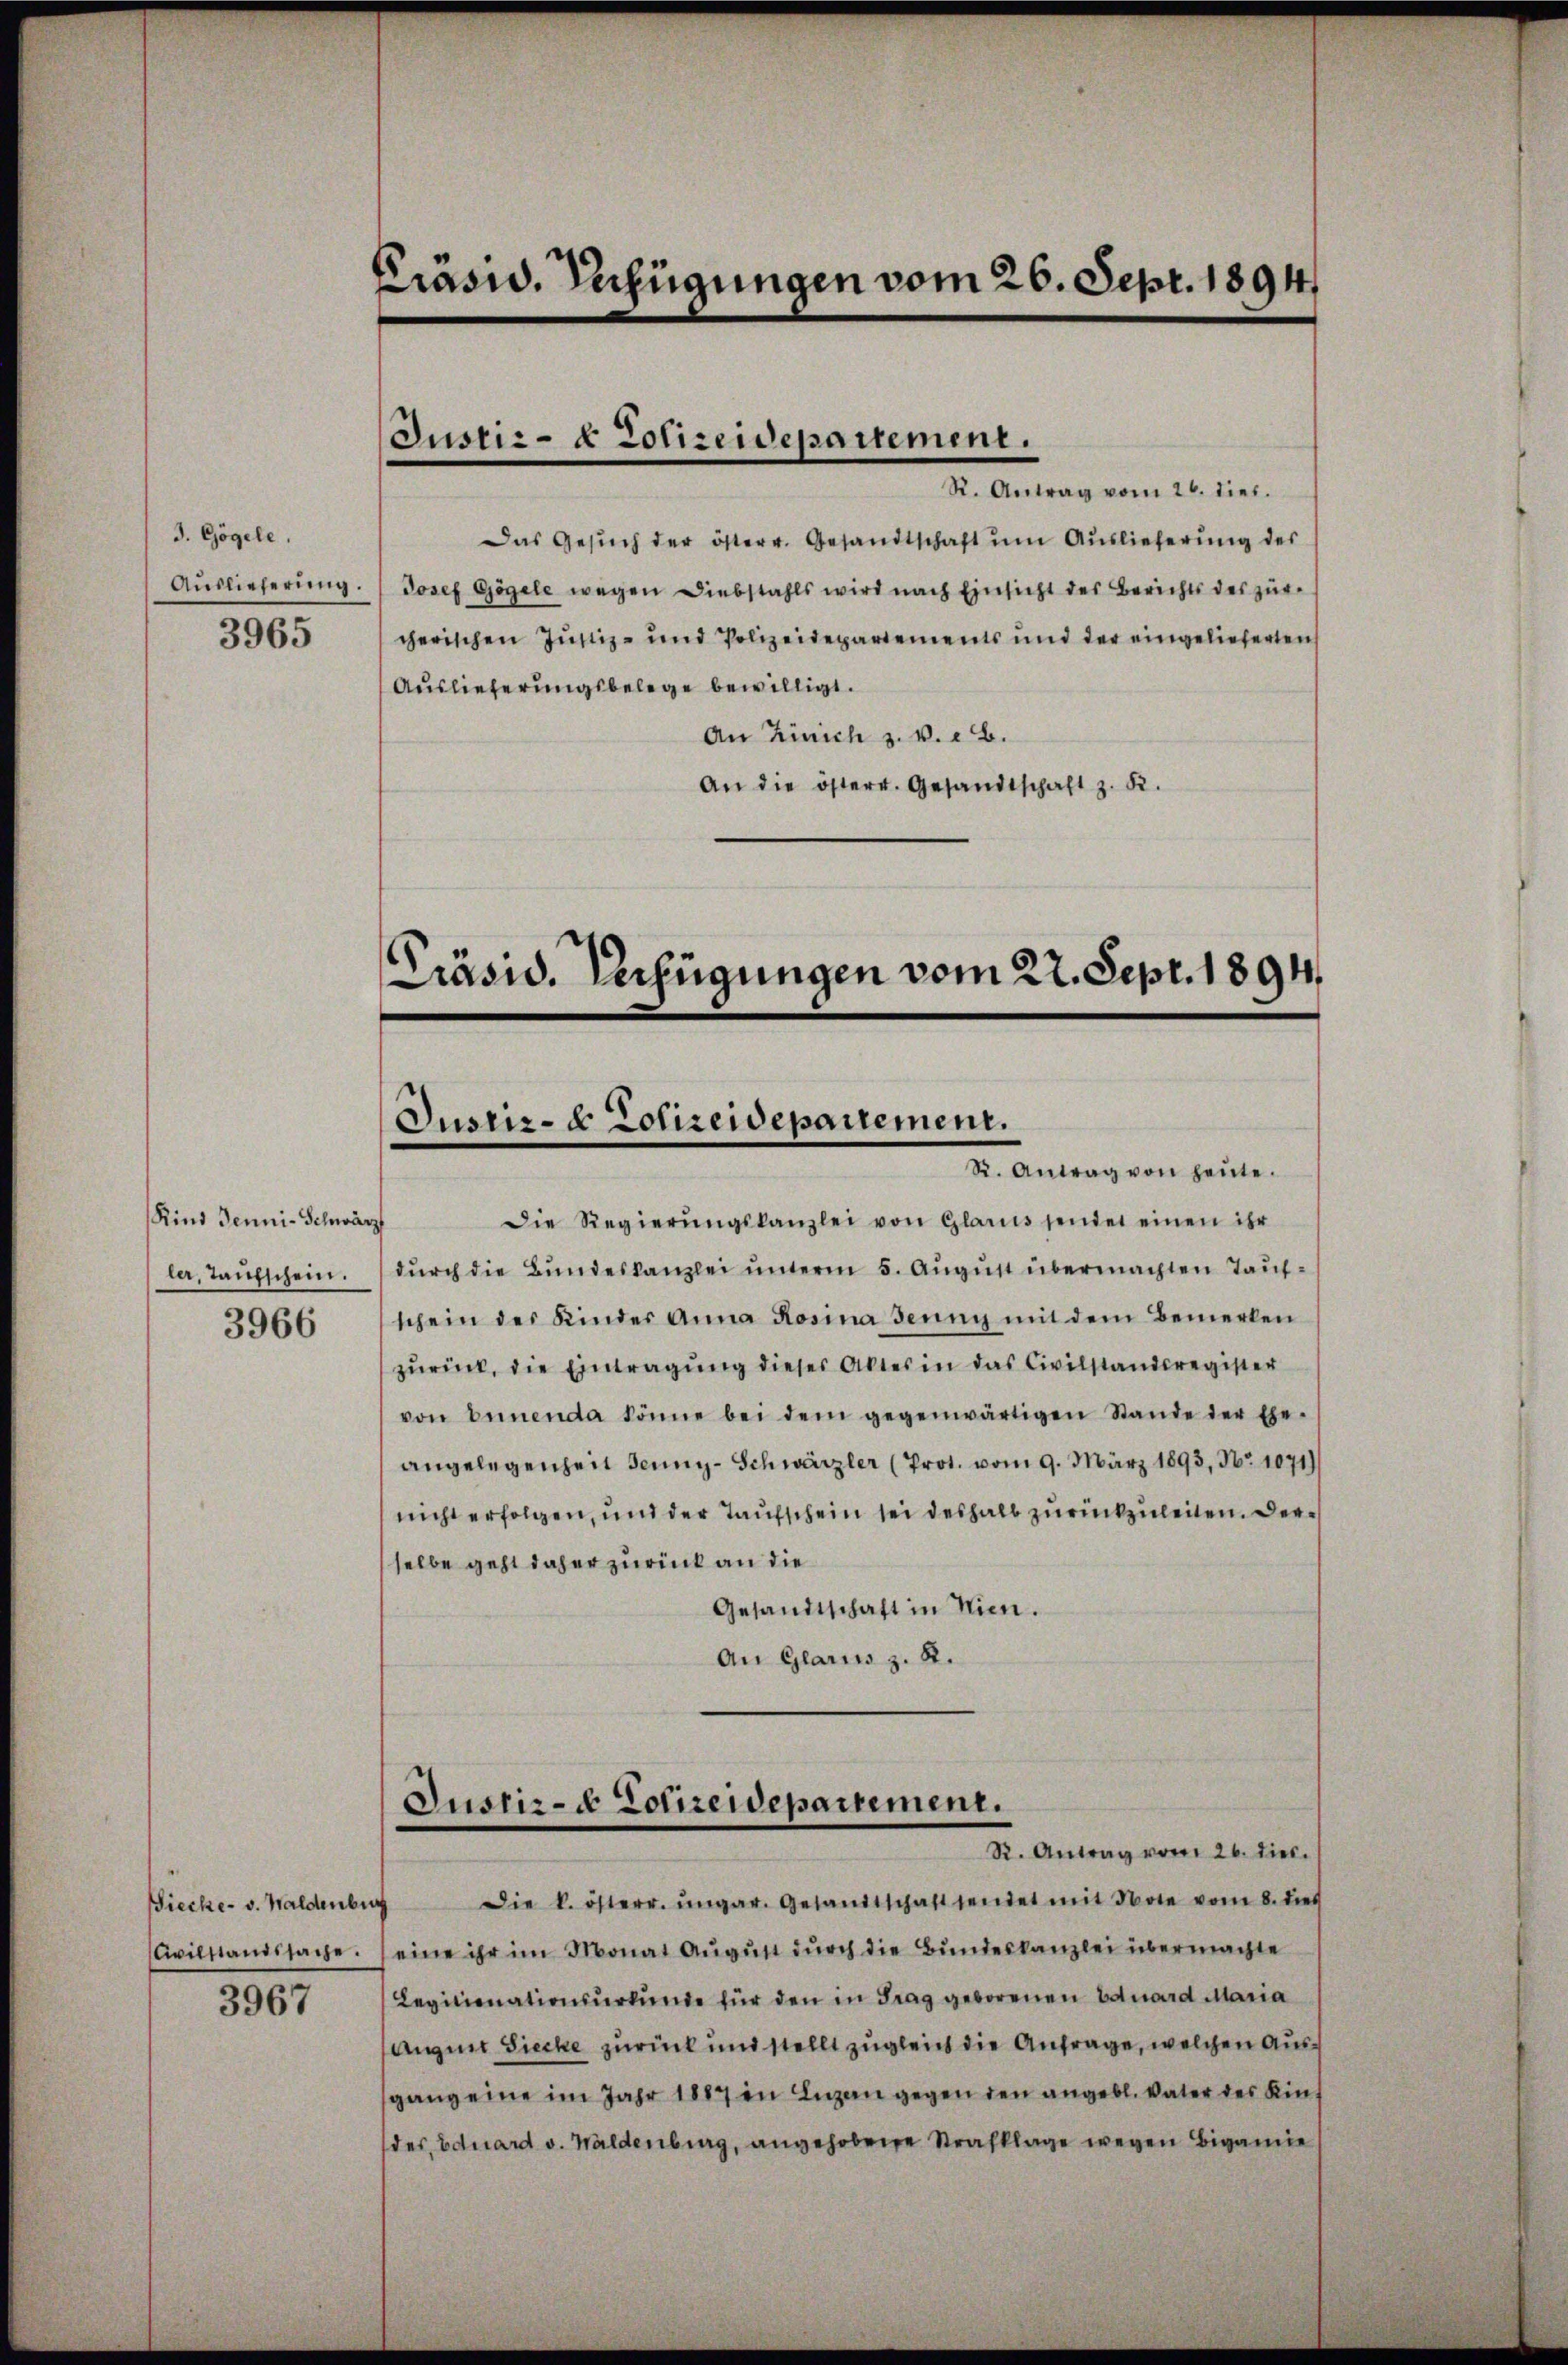
J. Gögele.
3965

Kind Jenni-Schwärz
ler, Taufschein.
3966

Wiecke v. Waldenburg
Civilstandssache.

3967

Präsid. Verfügungen vom 26. Sept. 1894

Justiz- & Polizeidepartement.
R. Antrag vom 26. dies.

Das Gesŭch der österr. Gesandtschaft um Auslieferung des
Aŭslieferŭng. Josef Gögele wegen Diebstahls wird nach Einsicht des Berichts des zürcherischen Justiz- und Polizeidepartements und der eingelieferten
Auslieferungsbelege bewilligt.
An Zürich z. v. 6.
An die österr. Gesandtschaft z. B.

Präsid. Verfügungen vom 22. Sept. 1894
Justiz- & Polizeidepartement.
R. Antrag von heute.

Die Regierŭngskanzlei von Glarus sendet einen ihr
dŭrch die Bundeskanzlei unterm 5. Aŭgŭst übermachten Taufschein des Kinder Anna Rosina Jeŭng mit dem Bemerken
zŭrück, die Eintragung dieses Aktes in das Civilstandsregister
von benenda könne bei dem gegenwärtigen Stande der Ehe-
angelegenheit Jenny-Schwärzler (Prot. vom 9. März 1893, No 1071)
nicht erfolgen, und der Taufschein sei deshalb zurückzuleiten. Derselbe geht daher zurück an die
Gesandtschaft in Nien.
An Glarus z. B.

Justiz- & Polizeidepartement.
R. Antrag vom 26. dies.

Die k. österr. ungar. Gesandtschaft sendet mit Note vom 8. dies
eine ihr im Monat August durch die Bundeskanzlei übermachte
Levitionationsŭrkŭnde für den in Frag geborenen Eduard Maria
Augent Siecke zurück und stellt zugleich die Anfrage, welchen Aussgang eine im Jahr 1887 in Luzen gegen den angebl. Vater des Kinder Eduard v. Waldenburg, angehobene Strafklage wegen Bigamie